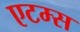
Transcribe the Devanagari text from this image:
एटम्स